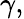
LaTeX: \gamma,